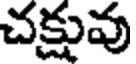
చక్షువు